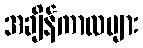
အချိန်ကာလများ